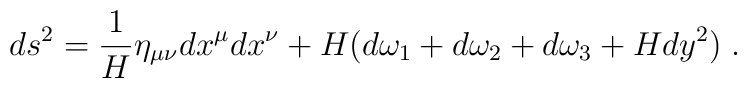
ds^2 =  \frac{1}{H} \eta_{\mu\nu} dx^\mu dx^\nu        + H (d\omega_1+d\omega_2+d\omega_3 + Hdy^2) \; .